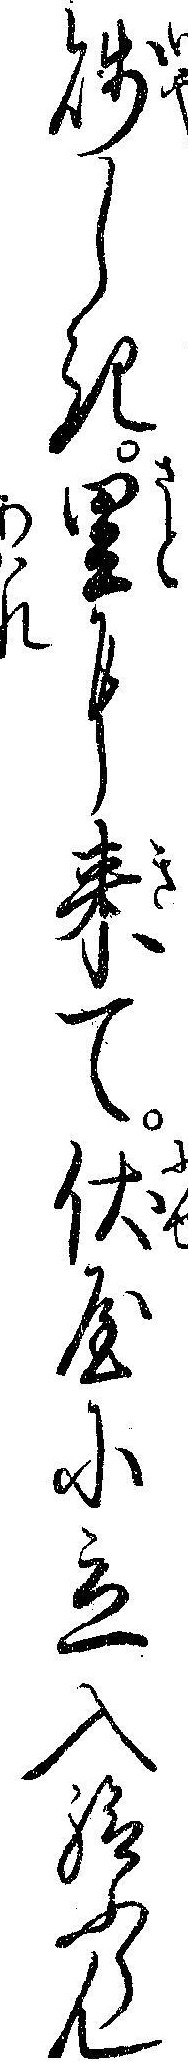
賎しき里に来て伏屋に立入給ふらん